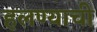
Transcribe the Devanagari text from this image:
हलण्याची